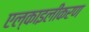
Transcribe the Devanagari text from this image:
एल्काइलीकरण